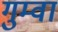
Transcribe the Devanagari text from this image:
गुम्वा